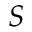
S